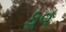
કૂવ